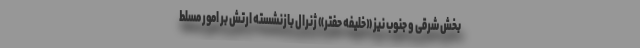
بخش شرقی و جنوب نیز «خلیفه حفتر» ژنرال بازنشسته ارتش بر امور مسلط